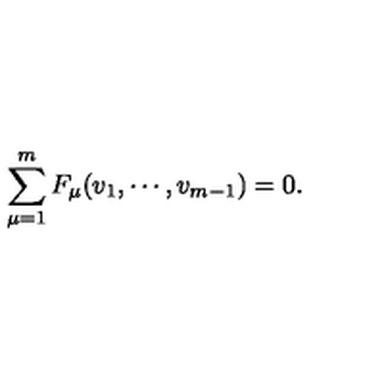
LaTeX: \sum _ { \mu = 1 } ^ { m } F _ { \mu } ( v _ { 1 } , \cdots , v _ { m - 1 } ) = 0 .